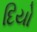
દિયો